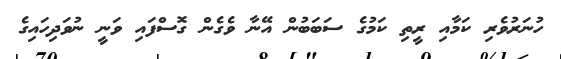
ހުނަރުވެރި ކަމާއި ރީތި ކަމުގެ ސަބަބުން އޭނާ ވެގެން ގޮސްފައި ވަނީ ނުވަދިހައިގެ